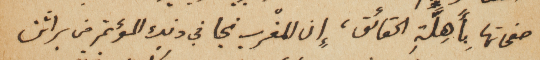
صفحاتها بِأَهِلَةِ الحقائق، إن المغْرب نجا في ذلك المؤتمر من براثن